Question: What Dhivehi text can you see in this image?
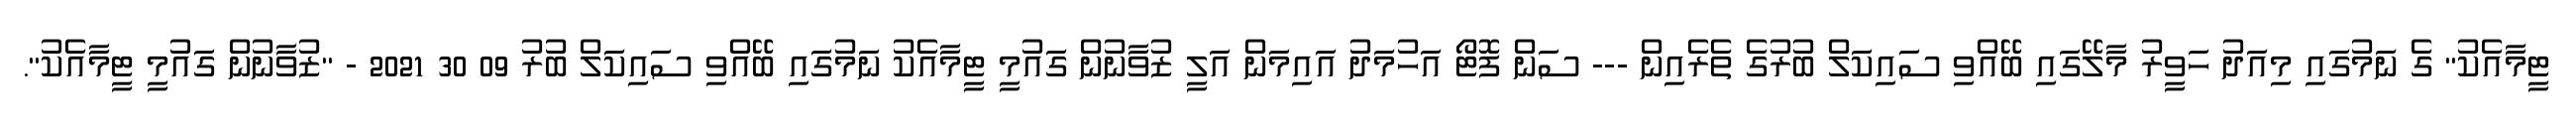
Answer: ޓީމާއެކު" ގެ ނަމުގައި މިއަދު ހަވީރު މާލޭގައި ބޭއްވި ސައިކަލް ބުރުގެ ތެރެއިން --- ސަން ފޮޓޯ އަހުމަދު އައިމަން އަލީ ޒުވާނުން ގައުމީ ޓީމާއެކު ނަމުގައި ބޭއްވި ސައިކަލް ބުރު 09 30 2021 - "ޒުވާނުން ގައުމީ ޓީމާއެކު".